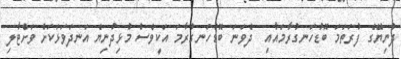
ދުނިޔޭގެ ފުރަތަމަ ބޮޑުހަނގުރާމައާއި  ދެވަނަ ބޮޑުހަނގުރާމަ އަކީވެސް މުޅިދުނިޔެ އަނދަވަޅަކަށް ވަށްޓާލި